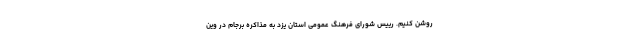
روشن کنیم. رییس شورای فرهنگ عمومی استان یزد به مذاکره برجام در وین